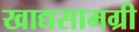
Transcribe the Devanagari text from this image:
खाद्यसामग्री